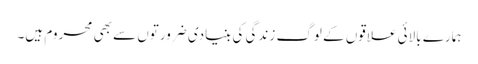
ہمارے بالائی علاقوں کے لوگ زندگی کی بنیادی ضرورتوں سے بھی محروم ہیں۔